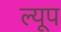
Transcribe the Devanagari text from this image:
ल्यूप